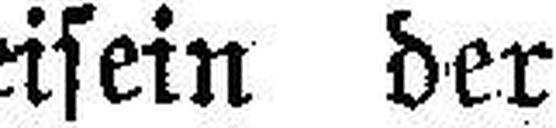
Beisein der k. k. Landesgerichtsräte Valentini, vs.